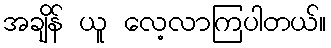
အချိန် ယူ လေ့လာကြပါတယ်။